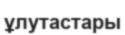
ұлутастары